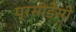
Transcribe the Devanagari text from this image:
प्रसीडेंसी